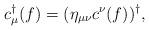
LaTeX: \begin{align*}c^\dagger_\mu(f)=(\eta_{\mu\nu} c^\nu(f))^\dagger,\end{align*}